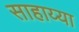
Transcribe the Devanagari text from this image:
साहाय्या